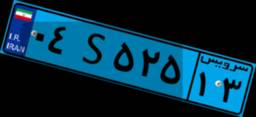
۰۴S۵۲۵۱۳